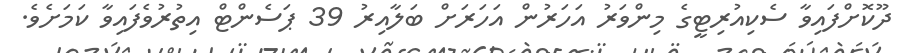
ދޫކޮށްފައިވާ ސެކިއުރިޓީގެ މިންވަރު އަހަރުން އަހަރަށް ބަލާއިރު 39 ޕަސެންޓް އިތުރުވެފައިވާ ކަމަށެވެ.